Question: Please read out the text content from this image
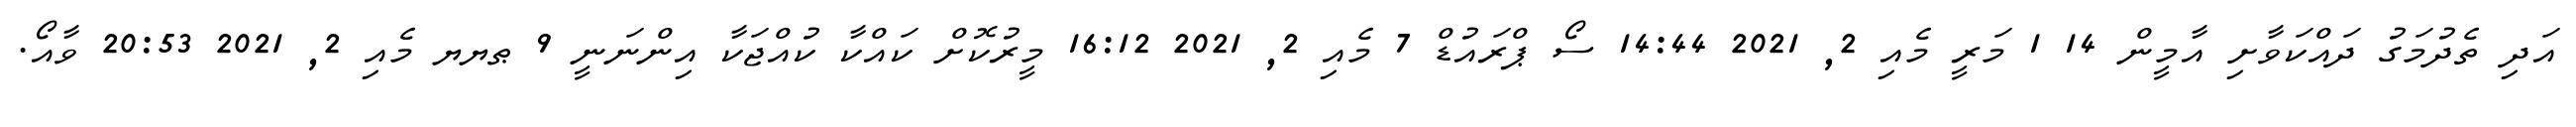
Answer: އަދި ތެދުމަގު ދައްކަވާށި އާމީން 14 1 މަރީ މެއި 2, 2021 14:44 ސޯ ޕްރައުޑް 7 މެއި 2, 2021 16:12 މީރުކޮށް ކައްކާ ކުއްޖަކާ އިންނަނީ 9 ޠޔޔ މެއި 2, 2021 20:53 ވާއޯ.